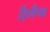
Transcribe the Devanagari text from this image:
दैलैख